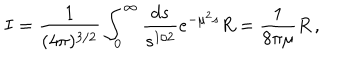
I = \frac { 1 } { ( 4 \pi ) ^ { 3 / 2 } } \int _ { 0 } ^ { \infty } \frac { d s } { s ^ { 1 / 2 } } e ^ { - \mu ^ { 2 } s } R = \frac { 1 } { 8 \pi \mu } R \, ,